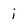
Character: i